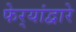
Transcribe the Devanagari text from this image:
फेर्‍यांद्वारे